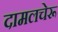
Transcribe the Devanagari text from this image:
दामलचेरू